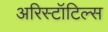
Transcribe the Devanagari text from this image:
अरिस्टॉटिल्स